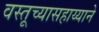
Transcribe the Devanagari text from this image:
वस्तूच्यासहाय्याने